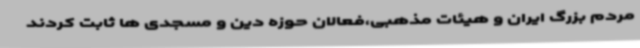
مردم بزرگ ایران و هیئات مذهبی،فعالان حوزه دین و مسجدی ها ثابت کردند